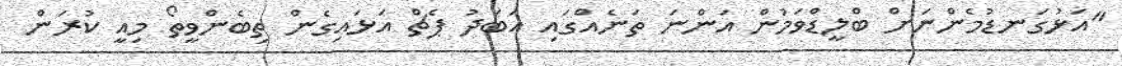
"އަޅުގަނޑުމެންނަށް ބްލީޑްވަމުން އަންނަ ތަނެއްގައި އަބަދު ޕެޗް އަޅައިގެން ތިބެންވީތޯ މިއީ ކުރަން